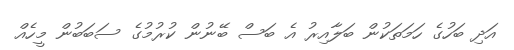
އަދި ބަހުގެ ހަމަތަކުން ބަލާއިރު އެ ބަސް ބޭނުން ކުރުމުގެ ސަބަބުން މީހެއް